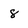
Character: 8